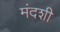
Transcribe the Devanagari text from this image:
मंदशी